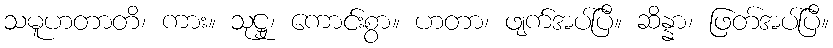
သမူဟတာတိ၊ ကား။ သုဋ္ဌု၊ ကောင်းစွာ။ ဟတာ၊ ဖျက်အပ်ပြီ။ ဆိန္နာ၊ ဖြတ်အပ်ပြီ။